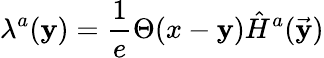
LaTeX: \lambda^{a}(\mathbf{y})={\frac{{1}}{{e}}}\Theta(x-\mathbf{y})\hat{{H}}^{a}(\vec{{\mathbf{y}}})